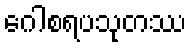
ဂေါစရပသုတဿ